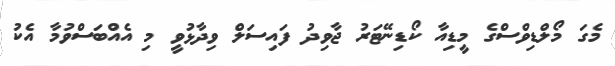
މެގަ މޯލްޑިވްސްގެ މީޑިއާ ކޯޑިނޭޓަރު ޖާވިދު ފައިސަލް ވިދާޅުވީ މި އެއްބަސްވުމާ އެކު